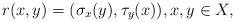
LaTeX: \begin{align*}r(x,y)=(\sigma_x(y),\tau_y(x)),x,y\in X,\end{align*}